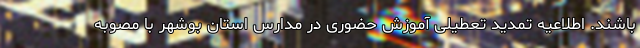
باشند. اطلاعیه تمدید تعطیلی آموزش حضوری در مدارس استان بوشهر با مصوبه